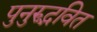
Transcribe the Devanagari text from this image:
पुनुरुद्भवित